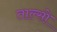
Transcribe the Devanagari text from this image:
ताल्सो